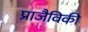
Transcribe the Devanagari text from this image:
प्राजैविकी